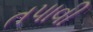
તપાવી